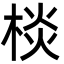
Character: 棪